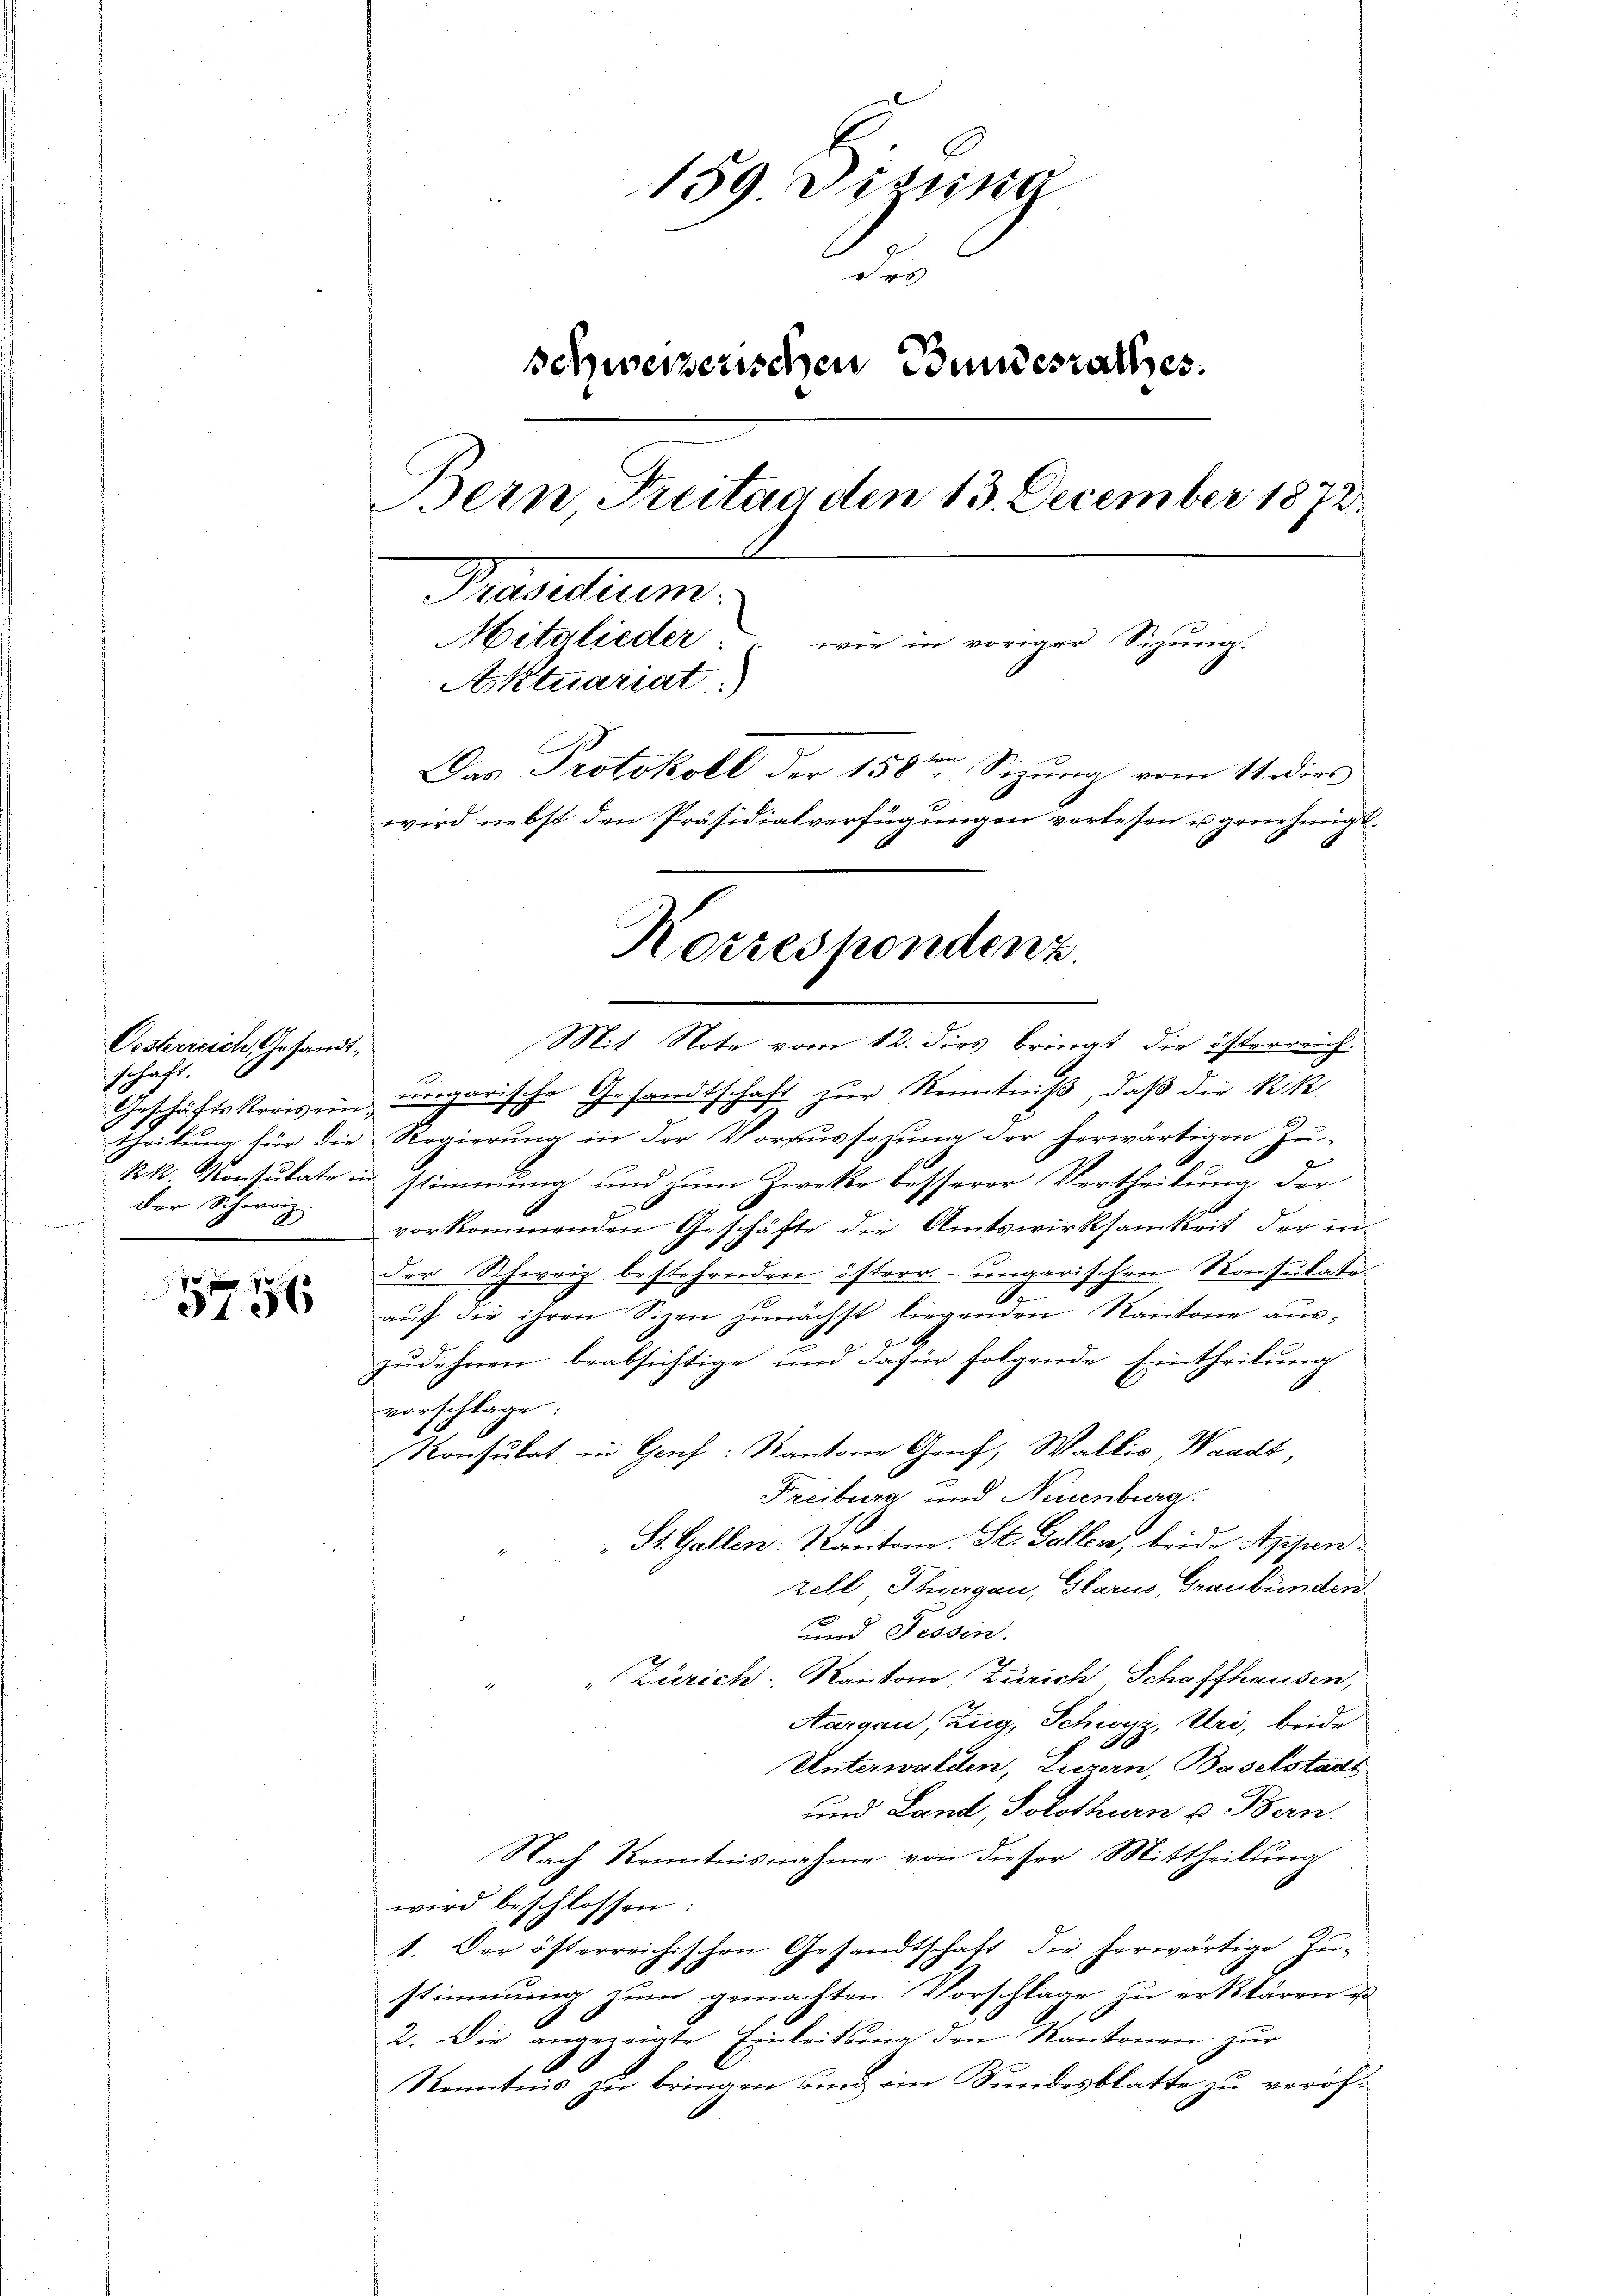
Oesterreich Gesandtschaft.
Geschäftskreis einder Schweiz

5776

159. Dizung
de
schweizerischen Bundesrathes.
Bern Treitag den 13. December 1872
Grandum.
Mitglieder.
wie in voriger Sizung.
Aktuariat.
Das Protokoll der 158ten Sizung vom 11. dies
wird nebst den Präsidialverfügungen verlesen u genehmigt.

ungarische Gesandtschaft zur Kenntniß, daß die kk.
u
theilung für die Regierung in der Voraussagung der herwärtigen Zu-
kk. Konsulate in stimmung und zum Zwecke besserer Vertheilung der
vorkommenden Geschäfte die Amtswirksamkeit der in
der Schweiz bestehenden österr. ungarischen Konsulatsc
auf die ihren Sizen zunächst liegenden Kantone auszŭdehnen beabsichtige und dafür folgende Eintheilŭng
vorschlage:
Konsulat in Gens: Kantone Graf, Wallis Waadt,
Freiburg und Neuenburg.
St. Gallen: Kantone. St. Gallen, beide Appenzell, Thurgau, Glarus, Graubünden
und Tessin.
" Zürich. Kantone, Zürich Schaffhausen,
Aargau, Zug, Schwyz, Uri, beide
2
Unterwalden, Luzern, Baselstadt
und Land, Solothurn v. Bern.
Nach Kenntnisnahme von dieser Mittheilung
wird beschlossen:
1. Der österreichischen Gesandtschaft die herwärtige Zŭ-
stimmung zŭm gemachten Vorschlage zu erklären u
2. Die angezeigte Einleitbang den Kantonen zur
Kenntnis zu bringen und im Bundesblatte zu veröf¬

Korrespondenz.
Mit Note vom 12. dies bringt die österreich¬